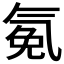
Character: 𰛂